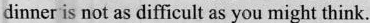
dinner is not as difficult as you might think.